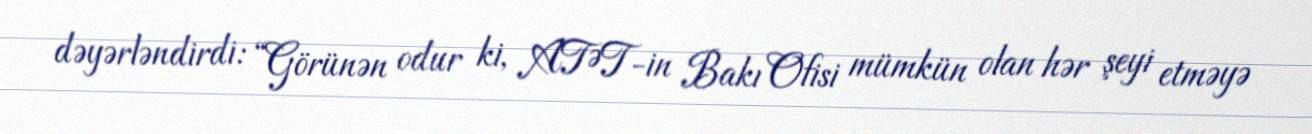
dəyərləndirdi: “Görünən odur ki, ATƏT-in Bakı Ofisi mümkün olan hər şeyi etməyə